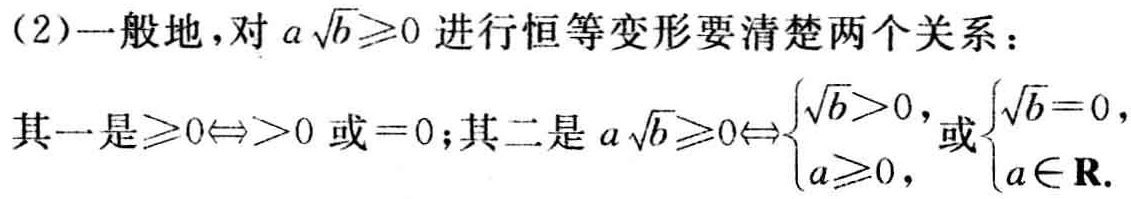
(2)一般地，对\(a\sqrt{b}\geqslant0\)进行恒等变形要清楚两个关系：

其一是\(\geqslant0\Leftrightarrow>0\)或\( = 0\)；其二是\(a\sqrt{b}\geqslant0\Leftrightarrow\begin{cases}\sqrt{b}>0,\\a\geqslant0,\end{cases}\)或\(\begin{cases}\sqrt{b}=0,\\a\in\mathbf{R}.\end{cases}\)